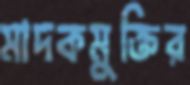
মাদকমুক্তির